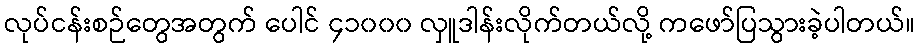
လုပ်ငန်းစဉ်တွေအတွက် ပေါင် ၄၁၀၀၀ လှူဒါန်းလိုက်တယ်လို့ ကဖော်ပြသွားခဲ့ပါတယ်။